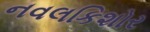
નવલકિશોર